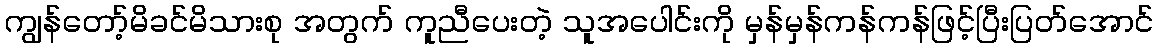
ကျွန်တော့်မိခင်မိသားစု အတွက် ကူညီပေးတဲ့ သူအပေါင်းကို မှန်မှန်ကန်ကန်ဖြင့်ပြီးပြတ်အောင်